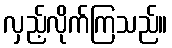
လှည့်လိုက်ကြသည်။